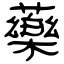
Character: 藥